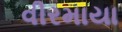
વીરમાયા